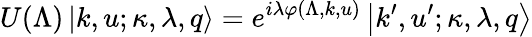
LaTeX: U(\Lambda)\left|k,u;\kappa,\lambda,q\right>=e^{i\lambda\varphi(\Lambda,k,u)}\left|k^{\prime},u^{\prime};\kappa,\lambda,q\right>